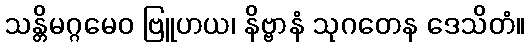
သန္တိမဂ္ဂမေဝ ဗြူဟယ၊ နိဗ္ဗာနံ သုဂတေန ဒေသိတံ။